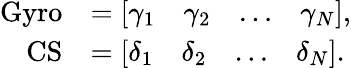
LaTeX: \begin{array}{rl}{\mathrm{Gyro}}&{=\left[\begin{array}{llll}{\gamma_{1}}&{\gamma_{2}}&{\dots}&{\gamma_{N}}\end{array}\right],}\\ {\mathrm{CS}}&{=\left[\begin{array}{llll}{\delta_{1}}&{\delta_{2}}&{\dots}&{\delta_{N}}\end{array}\right].}\end{array}